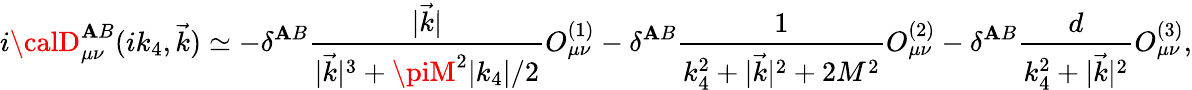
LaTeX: i{\calD}_{\mu\nu}^{\mathbf{A}B}(ik_{4},\vec{{k}})\simeq-\delta^{\mathbf{A}B}\frac{{|\vec{{k}}|}}{{|\vec{{k}}|^{3}+\piM^{2}|k_{4}|/2}}O_{\mu\nu}^{(1)}-\delta^{\mathbf{A}B}\frac{{1}}{{k_{4}^{2}+|\vec{{k}}|^{2}+2M^{2}}}O_{\mu\nu}^{(2)}-\delta^{\mathbf{A}B}\frac{{d}}{{k_{4}^{2}+|\vec{{k}}|^{2}}}O_{\mu\nu}^{(3)},